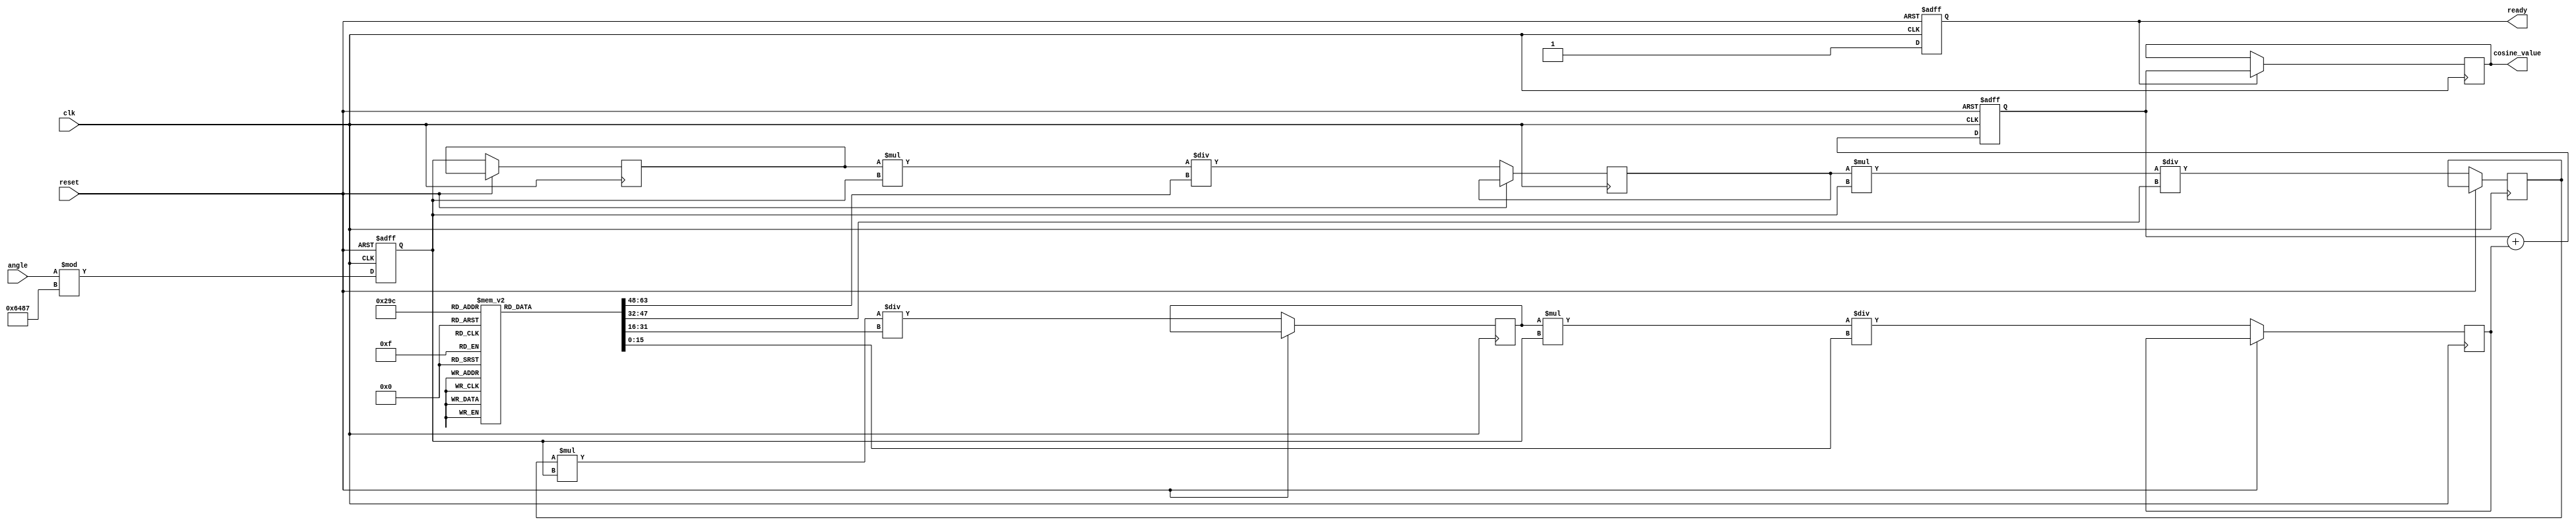
module cosine_block (
    input wire [15:0] angle,        // Input angle in radians (fixed-point)
    input wire clk,                 // Clock signal
    input wire reset,               // Reset signal
    output reg [15:0] cosine_value, // Output cosine value (fixed-point)
    output reg ready                // Output ready signal
);

    // Constants
    parameter PI = 16'h3243; // Approximation of  in fixed-point (16 bits)
    parameter TWO_PI = 16'h6487; // Approximation of 2 in fixed-point (16 bits)
    parameter MAX_TERMS = 5; // Number of terms in Taylor series

    // Internal variables
    reg [15:0] normalized_angle;
    reg [15:0] term[MAX_TERMS-1:0];
    reg [15:0] factorial[MAX_TERMS-1:0];
    reg [15:0] cos_value;
    integer i;

    // Initialize factorials
    initial begin
        factorial[0] = 16'h0001; // 0!
        factorial[1] = 16'h0001; // 1!
        factorial[2] = 16'h0002; // 2!
        factorial[3] = 16'h0006; // 3!
        factorial[4] = 16'h0012; // 4!
    end

    // Normalize the angle to the range [0, 2]
    always @(posedge clk or posedge reset) begin
        if (reset) begin
            normalized_angle <= 16'h0000;
        end else begin
            normalized_angle <= angle % TWO_PI;
        end
    end

    // Compute cosine using Taylor series approximation
    always @(posedge clk or posedge reset) begin
        if (reset) begin
            cos_value <= 16'h0001; // cos(0) = 1
            ready <= 1'b0;
        end else begin
            cos_value <= 16'h0001; // Start with the first term (1)
            term[0] <= normalized_angle; // x^1
            for (i = 1; i < MAX_TERMS; i = i + 1) begin
                term[i] <= (term[i-1] * normalized_angle) / factorial[i]; // x^i / i!
                if (i % 2 == 1) begin
                    cos_value <= cos_value - term[i]; // Subtract odd terms
                end else begin
                    cos_value <= cos_value + term[i]; // Add even terms
                end
            end
            ready <= 1'b1; // Indicate that the output is ready
        end
    end

    // Assign the computed cosine value to output
    always @(posedge clk) begin
        if (ready) begin
            cosine_value <= cos_value;
        end
    end

endmodule